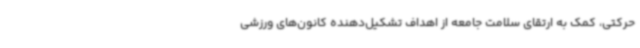
حرکتی، کمک به ارتقای سلامت جامعه از اهداف تشکیل‌دهنده کانون‌های ورزشی